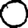
Digit: 0